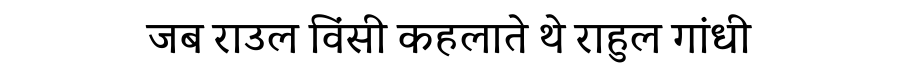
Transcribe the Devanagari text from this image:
जब राउल विंसी कहलाते थे राहुल गांधी